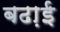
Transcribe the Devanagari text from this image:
बढा़ई